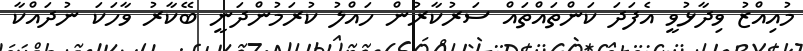
މުއިއްޒު ވިދާޅުވީ އެފަދަ ކަންތައްތައް ސަރުކާރުން ހައްލު ކުރަމުންދަނީ ބޭކާރު ވާހަކަ ނުދައްކާ